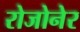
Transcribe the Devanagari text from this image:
रोजोनेर